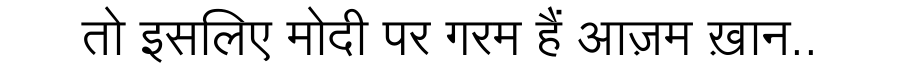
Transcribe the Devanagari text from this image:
तो इसलिए मोदी पर गरम हैं आज़म ख़ान..